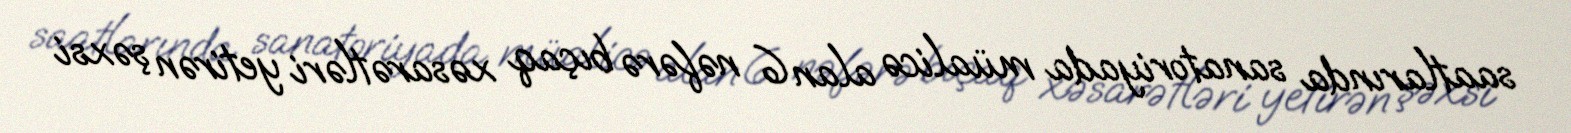
saatlarında sanatoriyada müalicə alan 6 nəfərə bıçaq xəsarətləri yetirən şəxsi